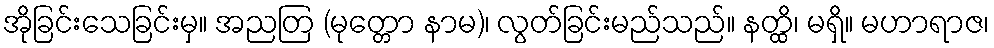
အိုခြင်းသေခြင်းမှ။ အညတြ (မုတ္တော နာမ)၊ လွတ်ခြင်းမည်သည်။ နတ္ထိ၊ မရှိ။ မဟာရာဇ၊